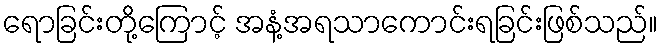
ရောခြင်းတို့ကြောင့် အနံ့အရသာကောင်းရခြင်းဖြစ်သည်။